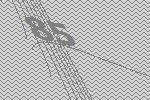
85